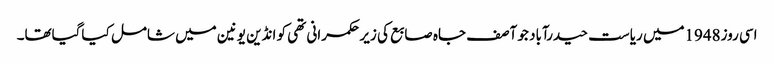
اسی روز1948میں ریاست حیدرآباد جو آصف جاہ صابع کی زیر حکمرانی تھی کو انڈین یونین میں شامل کیاگیاتھا۔